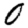
Digit: 0